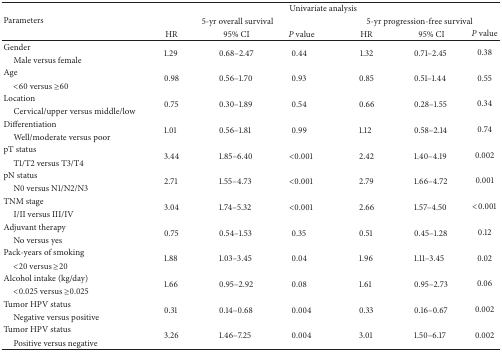
<table><thead><tr><td rowspan="3"><b>Parameters</b></td><td colspan="6"><b>Univariate analysis</b></td></tr><tr><td colspan="3"><b>5-yr overall survival</b></td><td colspan="3"><b>5-yr progression-free survival</b></td></tr><tr><td><b>HR</b></td><td><b>95% CI</b></td><td><b><i>P</i> value</b></td><td><b>HR</b></td><td><b>95% CI</b></td><td><b><i>P</i> value</b></td></tr></thead><tbody><tr><td>Gender</td><td rowspan="2">1.29</td><td rowspan="2">0.68–2.47</td><td rowspan="2">0.44</td><td rowspan="2">1.32</td><td rowspan="2">0.71–2.45</td><td rowspan="2">0.38</td></tr><tr><td> Male versus female</td></tr><tr><td>Age</td><td rowspan="2">0.98</td><td rowspan="2">0.56–1.70</td><td rowspan="2">0.93</td><td rowspan="2">0.85</td><td rowspan="2">0.51–1.44</td><td rowspan="2">0.55</td></tr><tr><td> &lt;60 versus ≥60</td></tr><tr><td>Location</td><td rowspan="2">0.75</td><td rowspan="2">0.30–1.89</td><td rowspan="2">0.54</td><td rowspan="2">0.66</td><td rowspan="2">0.28–1.55</td><td rowspan="2">0.34</td></tr><tr><td> Cervical/upper versus middle/low</td></tr><tr><td>Differentiation</td><td rowspan="2">1.01</td><td rowspan="2">0.56–1.81</td><td rowspan="2">0.99</td><td rowspan="2">1.12</td><td rowspan="2">0.58–2.14</td><td rowspan="2">0.74</td></tr><tr><td> Well/moderate versus poor</td></tr><tr><td>pT status</td><td rowspan="2">3.44</td><td rowspan="2">1.85–6.40</td><td rowspan="2">&lt;0.001</td><td rowspan="2">2.42</td><td rowspan="2">1.40–4.19</td><td rowspan="2">0.002</td></tr><tr><td> T1/T2 versus T3/T4</td></tr><tr><td>pN status</td><td rowspan="2">2.71</td><td rowspan="2">1.55–4.73</td><td rowspan="2">&lt;0.001</td><td rowspan="2">2.79</td><td rowspan="2">1.66–4.72</td><td rowspan="2">0.001</td></tr><tr><td> N0 versus N1/N2/N3</td></tr><tr><td>TNM stage</td><td rowspan="2">3.04</td><td rowspan="2">1.74–5.32</td><td rowspan="2">&lt;0.001</td><td rowspan="2">2.66</td><td rowspan="2">1.57–4.50</td><td rowspan="2">&lt;0.001</td></tr><tr><td> I/II versus III/IV</td></tr><tr><td>Adjuvant therapy</td><td rowspan="2">0.75</td><td rowspan="2">0.54–1.53</td><td rowspan="2">0.35</td><td rowspan="2">0.51</td><td rowspan="2">0.45–1.28</td><td rowspan="2">0.12</td></tr><tr><td> No versus yes</td></tr><tr><td>Pack-years of smoking</td><td rowspan="2">1.88</td><td rowspan="2">1.03–3.45</td><td rowspan="2">0.04</td><td rowspan="2">1.96</td><td rowspan="2">1.11–3.45</td><td rowspan="2">0.02</td></tr><tr><td> &lt;20 versus ≥20</td></tr><tr><td>Alcohol intake (kg/day)</td><td rowspan="2">1.66</td><td rowspan="2">0.95–2.92</td><td rowspan="2">0.08</td><td rowspan="2">1.61</td><td rowspan="2">0.95–2.73</td><td rowspan="2">0.06</td></tr><tr><td> &lt;0.025 versus ≥0.025</td></tr><tr><td>Tumor HPV status</td><td rowspan="2">0.31</td><td rowspan="2">0.14–0.68</td><td rowspan="2">0.004</td><td rowspan="2">0.33</td><td rowspan="2">0.16–0.67</td><td rowspan="2">0.002</td></tr><tr><td> Negative versus positive</td></tr><tr><td>Tumor HPV status</td><td rowspan="2">3.26</td><td rowspan="2">1.46–7.25</td><td rowspan="2">0.004</td><td rowspan="2">3.01</td><td rowspan="2">1.50–6.17</td><td rowspan="2">0.002</td></tr><tr><td> Positive versus negative</td></tr></tbody></table>